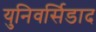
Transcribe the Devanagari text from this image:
युनिवर्सिडाद